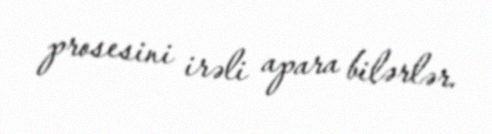
prosesini irəli apara bilərlər.